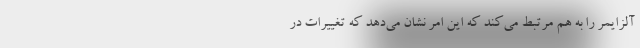
آلزایمر را به هم مرتبط می‌کند که این امر نشان می‌دهد که تغییرات در